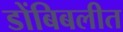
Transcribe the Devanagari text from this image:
डोंबिबलीत